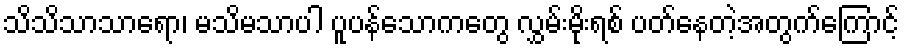
သိသိသာသာရော၊ မသိမသာပါ ပူပန်သောကတွေ လွှမ်းမိုးရစ် ပတ်နေတဲ့အတွက်ကြောင့်